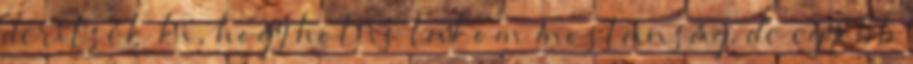
derítsék ki, hogy hol is lakom mostanság, de egyébb